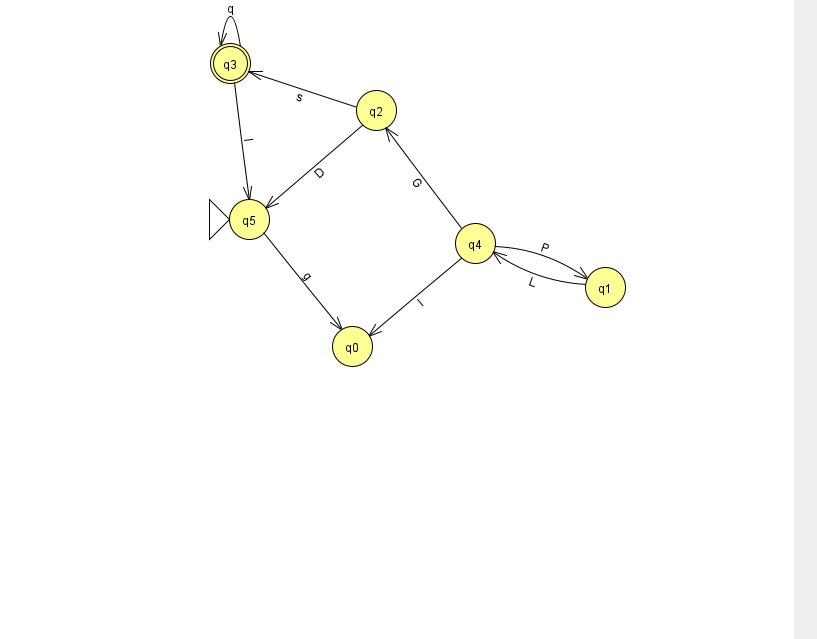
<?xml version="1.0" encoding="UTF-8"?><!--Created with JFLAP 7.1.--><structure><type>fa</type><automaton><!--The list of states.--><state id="0" name="q0"><x>352.0</x><y>333.0</y></state><state id="1" name="q1"><x>605.0</x><y>274.0</y></state><state id="2" name="q2"><x>376.0</x><y>97.0</y></state><state id="3" name="q3"><x>230.0</x><y>50.0</y><final/></state><state id="4" name="q4"><x>475.0</x><y>230.0</y></state><state id="5" name="q5"><x>249.0</x><y>206.0</y><initial/></state><!--The list of transitions.--><transition><from>3</from><to>3</to><read>q</read></transition><transition><from>4</from><to>0</to><read>l</read></transition><transition><from>4</from><to>1</to><read>P</read></transition><transition><from>4</from><to>2</to><read>G</read></transition><transition><from>5</from><to>0</to><read>g</read></transition><transition><from>2</from><to>3</to><read>s</read></transition><transition><from>2</from><to>5</to><read>D</read></transition><transition><from>1</from><to>4</to><read>L</read></transition><transition><from>3</from><to>5</to><read>l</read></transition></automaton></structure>